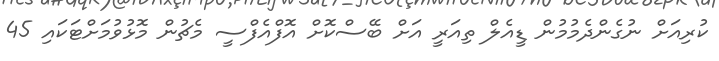
ކުރިއަށް ނުގެންދެމުމުން ޑީއެލް ތިއަރީ އަށް ބޭސްކޮށް އޮފްއެފްސީ މެޗުން މޮޅުވުމަށްޓަކައި 45